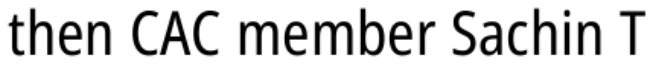
then CAC member Sachin T